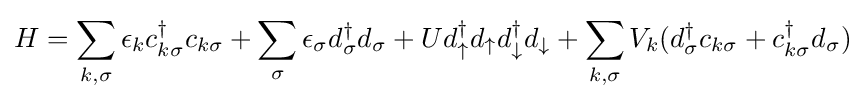
H=\sum _{k,\sigma }\epsilon _{k}c_{k\sigma }^{\dagger }c_{k\sigma }+\sum _{\sigma }\epsilon _{\sigma }d_{\sigma }^{\dagger }d_{\sigma }+Ud_{\uparrow }^{\dagger }d_{\uparrow }d_{\downarrow }^{\dagger }d_{\downarrow }+\sum _{k,\sigma }V_{k}(d_{\sigma }^{\dagger }c_{k\sigma }+c_{k\sigma }^{\dagger }d_{\sigma })